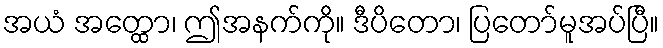
အယံ အတ္ထော၊ ဤအနက်ကို။ ဒီပိတော၊ ပြတော်မူအပ်ပြီ။